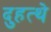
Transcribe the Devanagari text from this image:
दुहत्थे